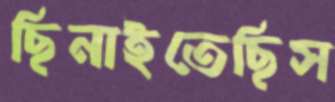
ছিনাইতেছিস